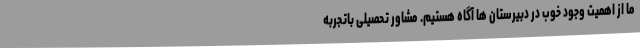
ما از اهمیت وجود خوب در دبیرستان ها آگاه هستیم. مشاور تحصیلی باتجربه